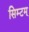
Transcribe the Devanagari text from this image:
सिम्टम्